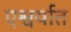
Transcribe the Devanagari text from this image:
एश्वर्यात